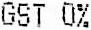
GST 0%